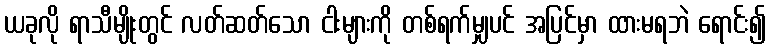
ယခုလို ရာသီမျိုးတွင် လတ်ဆတ်သော ငါးများကို တစ်ရက်မျှပင် အပြင်မှာ ထားမရဘဲ ရောင်း၍